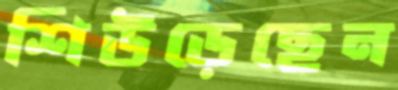
শিউড়েছেন